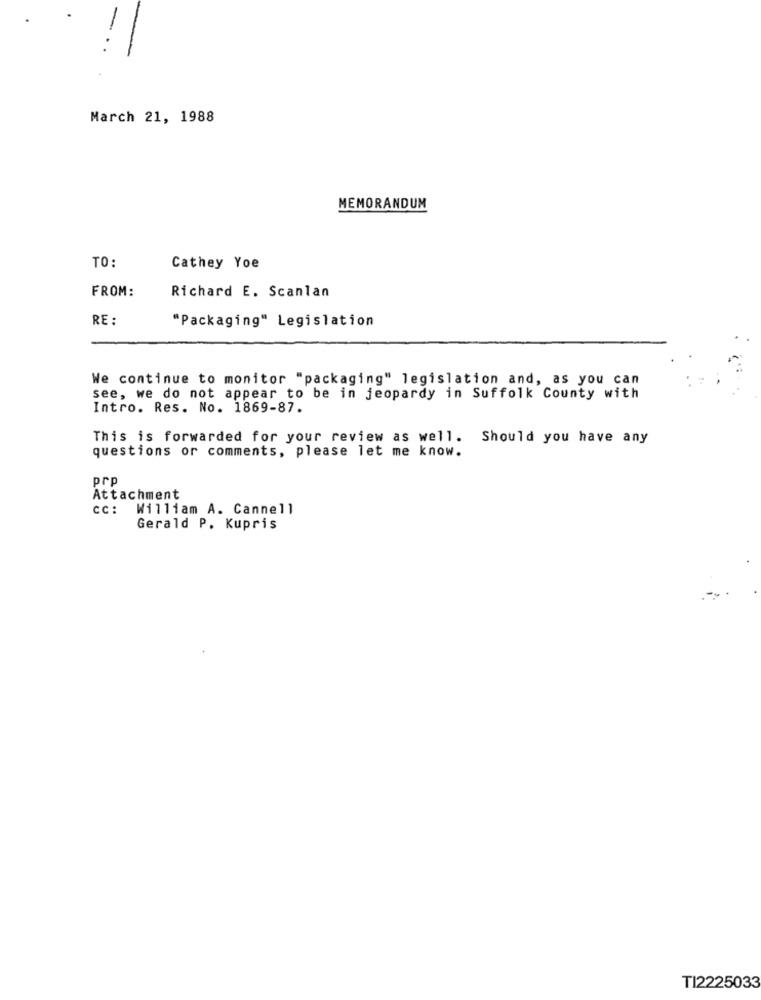
March 21, 1988
MEMORANDUM
TO:
Cathey Yoe
Richard E. Scanlan
FROM:
RE:
"Packaging" Legislation
We continue to monitor "packaging" legislation and, as you can
see, we do not appear to be in jeopardy in Suffolk County with
Intro. Res. No. 1869-87.
This is forwarded for your review as well. Should you have any
questions or comments, please let me know.
prp
Attachment
CC :
William A. Cannell
Gerald P. Kupris
TI2225033